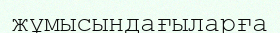
жұмысындағыларға